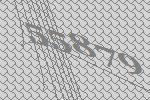
55879